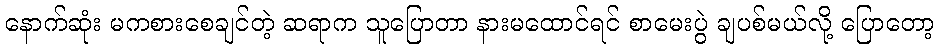
နောက်ဆုံး မကစားစေချင်တဲ့ ဆရာက သူပြောတာ နားမထောင်ရင် စာမေးပွဲ ချပစ်မယ်လို့ ပြောတော့